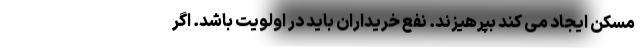
مسکن ایجاد می کند بپرهیزند. نفع خریداران باید در اولویت باشد. اگر